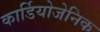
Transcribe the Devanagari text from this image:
कार्डियोजेनिक